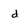
Character: d